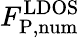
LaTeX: F_{\mathrm{P,num}}^{\mathrm{LDOS}}